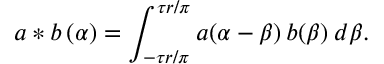
a \ast b \, ( \alpha ) = \int _ { - \tau r / \pi } ^ { \tau r / \pi } a ( \alpha - \beta ) \, b ( \beta ) \: d \beta .